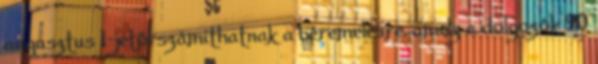
augusztus 1-jétől számíthatnak a béremelésre, amely a dolgozók 90